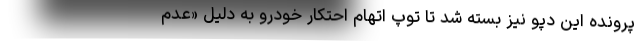
پرونده این دپو نیز بسته شد تا توپ اتهام احتکار خودرو به دلیل «عدم